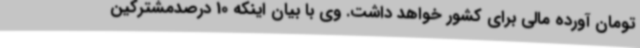
تومان آورده مالی برای کشور خواهد داشت. وی با بیان اینکه 10 درصدمشترکین